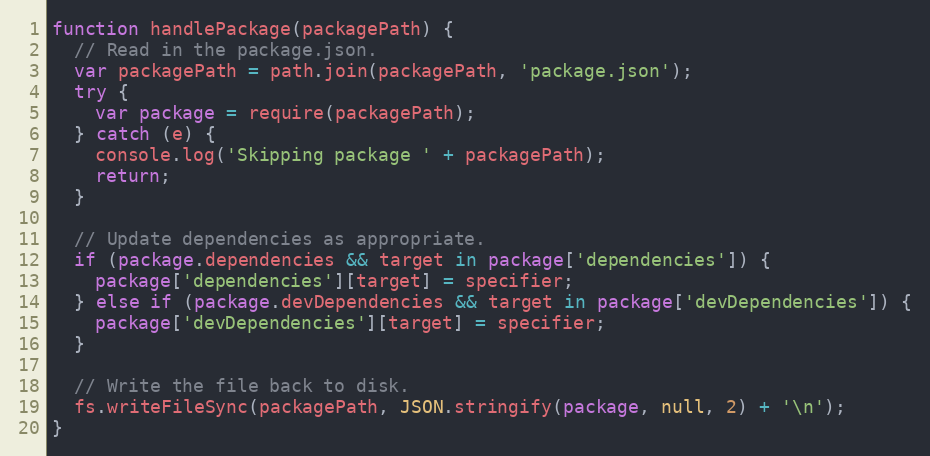
Language: JavaScript
function handlePackage(packagePath) {
  // Read in the package.json.
  var packagePath = path.join(packagePath, 'package.json');
  try {
    var package = require(packagePath);
  } catch (e) {
    console.log('Skipping package ' + packagePath);
    return;
  }

  // Update dependencies as appropriate.
  if (package.dependencies && target in package['dependencies']) {
    package['dependencies'][target] = specifier;
  } else if (package.devDependencies && target in package['devDependencies']) {
    package['devDependencies'][target] = specifier;
  }

  // Write the file back to disk.
  fs.writeFileSync(packagePath, JSON.stringify(package, null, 2) + '\n');
}